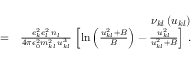
\begin{array} { r l r } & { } & { \nu _ { k l } \left( u _ { k l } \right) } \\ & { = } & { \frac { e _ { k } ^ { 2 } e _ { l } ^ { 2 } \, n _ { l } } { 4 \pi \epsilon _ { 0 } ^ { 2 } m _ { k l } ^ { 2 } \, u _ { k l } ^ { 3 } } \, \left[ \ln \left( \frac { u _ { k l } ^ { 2 } + B } { B } \right) - \frac { u _ { k l } ^ { 2 } } { u _ { k l } ^ { 2 } + B } \right] \, . } \end{array}